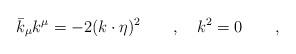
LaTeX: \begin{align*}\bar{k}_\mu k^\mu = -2(k\cdot\eta)^2 \qquad , \quad k^2=0 \qquad ,\end{align*}